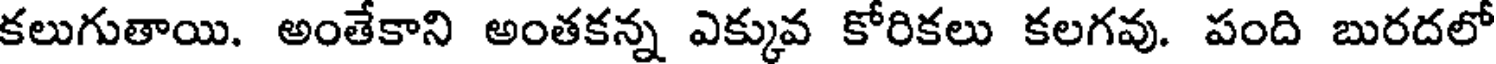
కలుగుతాయి. అంతేకాని అంతకన్న ఎక్కువ కోరికలు కలగవు. పంది బురదలో